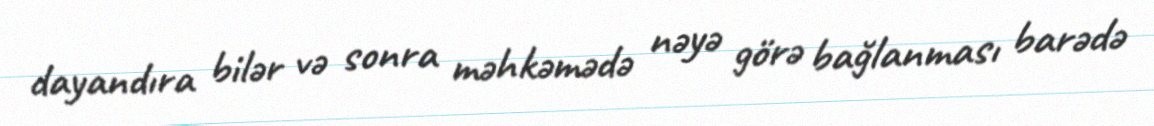
dayandıra bilər və sonra məhkəmədə nəyə görə bağlanması barədə